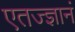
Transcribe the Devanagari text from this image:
एतज्ज्ञानं